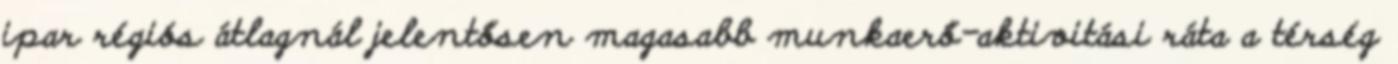
ipar régiós átlagnál jelentősen magasabb munkaerő-aktivitási ráta a térség